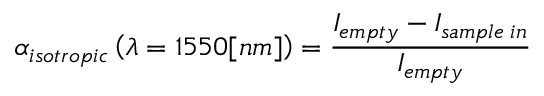
\alpha _ { i s o t r o p i c } \left( \lambda = 1 5 5 0 [ n m ] \right) = \frac { I _ { e m p t y } - I _ { s a m p l e \; i n } } { I _ { e m p t y } }